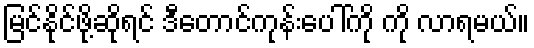
မြင်နိုင်ဖို့ဆိုရင် ဒီတောင်ကုန်းပေါ်ကို ကို လာရမယ်။